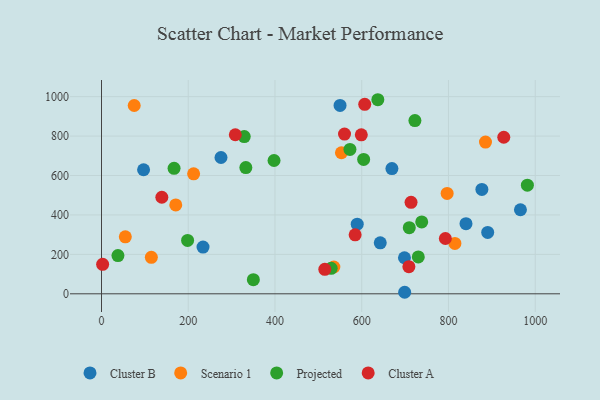
{"axis": {"x": "Experience", "y": "Profit"}, "legend": ["Cluster A", "Cluster B", "Projected", "Scenario 1"], "data": [{"x": "234.1", "y": 237.2, "type": "Cluster B"}, {"x": "877.0", "y": 529.4, "type": "Cluster B"}, {"x": "890.4", "y": 311.4, "type": "Cluster B"}, {"x": "642.7", "y": 258.6, "type": "Cluster B"}, {"x": "698.5", "y": 182.8, "type": "Cluster B"}, {"x": "275.5", "y": 691.3, "type": "Cluster B"}, {"x": "965.9", "y": 426.2, "type": "Cluster B"}, {"x": "589.6", "y": 353.0, "type": "Cluster B"}, {"x": "699.0", "y": 7.8, "type": "Cluster B"}, {"x": "840.4", "y": 355.6, "type": "Cluster B"}, {"x": "550.0", "y": 955.3, "type": "Cluster B"}, {"x": "669.6", "y": 635.2, "type": "Cluster B"}, {"x": "97.0", "y": 629.3, "type": "Cluster B"}, {"x": "114.9", "y": 184.9, "type": "Scenario 1"}, {"x": "54.9", "y": 289.2, "type": "Scenario 1"}, {"x": "553.2", "y": 715.4, "type": "Scenario 1"}, {"x": "75.4", "y": 955.0, "type": "Scenario 1"}, {"x": "535.7", "y": 136.0, "type": "Scenario 1"}, {"x": "885.3", "y": 769.7, "type": "Scenario 1"}, {"x": "171.2", "y": 450.9, "type": "Scenario 1"}, {"x": "212.4", "y": 608.6, "type": "Scenario 1"}, {"x": "814.8", "y": 255.4, "type": "Scenario 1"}, {"x": "796.9", "y": 509.0, "type": "Scenario 1"}, {"x": "329.1", "y": 797.6, "type": "Projected"}, {"x": "167.3", "y": 636.5, "type": "Projected"}, {"x": "709.6", "y": 335.2, "type": "Projected"}, {"x": "604.4", "y": 681.3, "type": "Projected"}, {"x": "738.3", "y": 364.6, "type": "Projected"}, {"x": "637.1", "y": 984.3, "type": "Projected"}, {"x": "332.8", "y": 640.1, "type": "Projected"}, {"x": "730.4", "y": 187.0, "type": "Projected"}, {"x": "350.1", "y": 71.9, "type": "Projected"}, {"x": "572.8", "y": 732.1, "type": "Projected"}, {"x": "397.8", "y": 676.1, "type": "Projected"}, {"x": "198.5", "y": 270.9, "type": "Projected"}, {"x": "722.6", "y": 878.6, "type": "Projected"}, {"x": "37.9", "y": 193.8, "type": "Projected"}, {"x": "981.9", "y": 550.9, "type": "Projected"}, {"x": "529.5", "y": 129.5, "type": "Projected"}, {"x": "708.7", "y": 137.5, "type": "Cluster A"}, {"x": "2.6", "y": 149.7, "type": "Cluster A"}, {"x": "139.1", "y": 489.8, "type": "Cluster A"}, {"x": "792.8", "y": 280.4, "type": "Cluster A"}, {"x": "308.5", "y": 806.7, "type": "Cluster A"}, {"x": "606.9", "y": 961.1, "type": "Cluster A"}, {"x": "514.9", "y": 124.4, "type": "Cluster A"}, {"x": "599.0", "y": 806.5, "type": "Cluster A"}, {"x": "713.7", "y": 463.8, "type": "Cluster A"}, {"x": "560.3", "y": 810.3, "type": "Cluster A"}, {"x": "927.5", "y": 793.9, "type": "Cluster A"}, {"x": "584.8", "y": 299.1, "type": "Cluster A"}]}